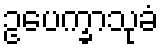
ဥပေက္ခာသုခံ